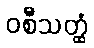
ဝစီသတ္ထံ